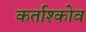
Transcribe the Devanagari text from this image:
कर्ताश्कोव